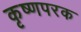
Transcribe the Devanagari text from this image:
कृष्णपरक